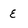
Character: e